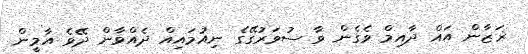
ޜަޒާން އައް ދާއިމް ވެގެން ވާ ސުވަރުގޭގެ ނިއުމައިއް ދެއްވާން ދޭވެ އާމީން